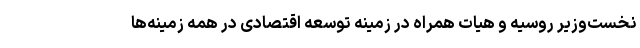
نخست‌وزیر روسیه و هیات همراه در زمینه توسعه اقتصادی در همه زمینه‌ها